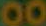
00